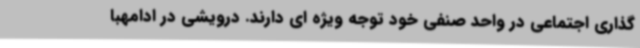
گذاری اجتماعی در واحد صنفی خود توجه ویژه ای دارند. درویشی در ادامهبا